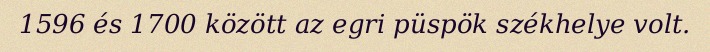
1596 és 1700 között az egri püspök székhelye volt.